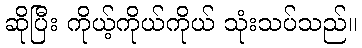
ဆိုပြီး ကိုယ့်ကိုယ်ကိုယ် သုံးသပ်သည်။